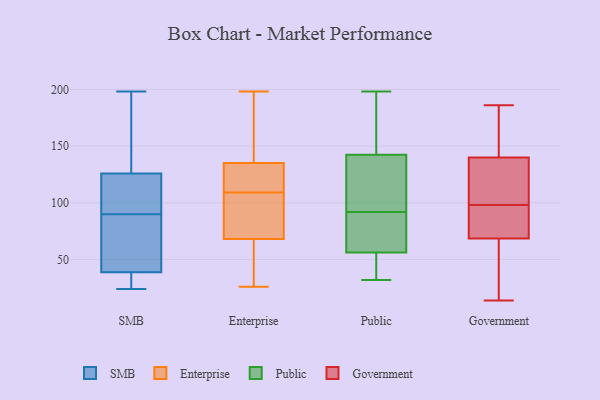
{"axis": {"x": "Headcount", "y": "Value"}, "legend": ["Enterprise", "Government", "Public", "SMB"], "data": [{"x": "", "y": 116, "type": "SMB"}, {"x": "", "y": 198, "type": "SMB"}, {"x": "", "y": 53, "type": "SMB"}, {"x": "", "y": 107, "type": "SMB"}, {"x": "", "y": 90, "type": "SMB"}, {"x": "", "y": 25, "type": "SMB"}, {"x": "", "y": 34, "type": "SMB"}, {"x": "", "y": 63, "type": "SMB"}, {"x": "", "y": 24, "type": "SMB"}, {"x": "", "y": 129, "type": "SMB"}, {"x": "", "y": 133, "type": "SMB"}, {"x": "", "y": 53, "type": "Enterprise"}, {"x": "", "y": 149, "type": "Enterprise"}, {"x": "", "y": 41, "type": "Enterprise"}, {"x": "", "y": 179, "type": "Enterprise"}, {"x": "", "y": 135, "type": "Enterprise"}, {"x": "", "y": 68, "type": "Enterprise"}, {"x": "", "y": 33, "type": "Enterprise"}, {"x": "", "y": 198, "type": "Enterprise"}, {"x": "", "y": 88, "type": "Enterprise"}, {"x": "", "y": 68, "type": "Enterprise"}, {"x": "", "y": 196, "type": "Enterprise"}, {"x": "", "y": 116, "type": "Enterprise"}, {"x": "", "y": 88, "type": "Enterprise"}, {"x": "", "y": 120, "type": "Enterprise"}, {"x": "", "y": 26, "type": "Enterprise"}, {"x": "", "y": 106, "type": "Enterprise"}, {"x": "", "y": 135, "type": "Enterprise"}, {"x": "", "y": 112, "type": "Enterprise"}, {"x": "", "y": 43, "type": "Public"}, {"x": "", "y": 51, "type": "Public"}, {"x": "", "y": 134, "type": "Public"}, {"x": "", "y": 58, "type": "Public"}, {"x": "", "y": 32, "type": "Public"}, {"x": "", "y": 140, "type": "Public"}, {"x": "", "y": 90, "type": "Public"}, {"x": "", "y": 86, "type": "Public"}, {"x": "", "y": 73, "type": "Public"}, {"x": "", "y": 198, "type": "Public"}, {"x": "", "y": 149, "type": "Public"}, {"x": "", "y": 133, "type": "Public"}, {"x": "", "y": 92, "type": "Public"}, {"x": "", "y": 138, "type": "Public"}, {"x": "", "y": 159, "type": "Public"}, {"x": "", "y": 163, "type": "Public"}, {"x": "", "y": 34, "type": "Public"}, {"x": "", "y": 119, "type": "Government"}, {"x": "", "y": 186, "type": "Government"}, {"x": "", "y": 14, "type": "Government"}, {"x": "", "y": 68, "type": "Government"}, {"x": "", "y": 112, "type": "Government"}, {"x": "", "y": 147, "type": "Government"}, {"x": "", "y": 70, "type": "Government"}, {"x": "", "y": 19, "type": "Government"}, {"x": "", "y": 89, "type": "Government"}, {"x": "", "y": 170, "type": "Government"}, {"x": "", "y": 98, "type": "Government"}]}